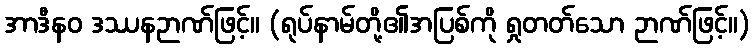
အာဒီနဝ ဒဿနဉာဏ်ဖြင့်။ (ရုပ်နာမ်တို့၏အပြစ်ကို ရှုတတ်သော ဉာဏ်ဖြင့်။)